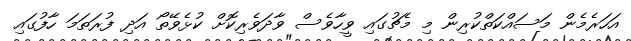
އަހަރެމެން މަސައްކަތްކުރިން މި މެޗުގައި ވީހާވެސް ވާދަވެރިކޮށް ކުޅެވޭތޯ އަދި ފުރަތަމަ ހާފުގައި